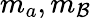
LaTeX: m_{a},m_{\mathcal{B}}